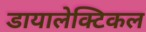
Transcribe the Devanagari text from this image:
डायालेक्टिकल